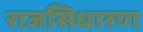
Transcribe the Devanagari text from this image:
राजसिधारण